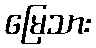
မြေသား